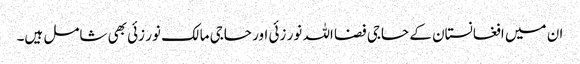
ان میں افغانستان کے حاجی فضا اللہ نور زئی اور حاجی مالک نور زئی بھی شامل ہیں۔